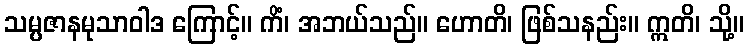
သမ္ပဇာနမုသာဝါဒ ကြောင့်။ ကိံ၊ အဘယ်သည်။ ဟောတိ၊ ဖြစ်သနည်း။ ဣတိ၊ သို့။